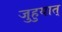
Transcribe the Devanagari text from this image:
जुहुयात्‌